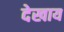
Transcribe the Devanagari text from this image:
देखाय